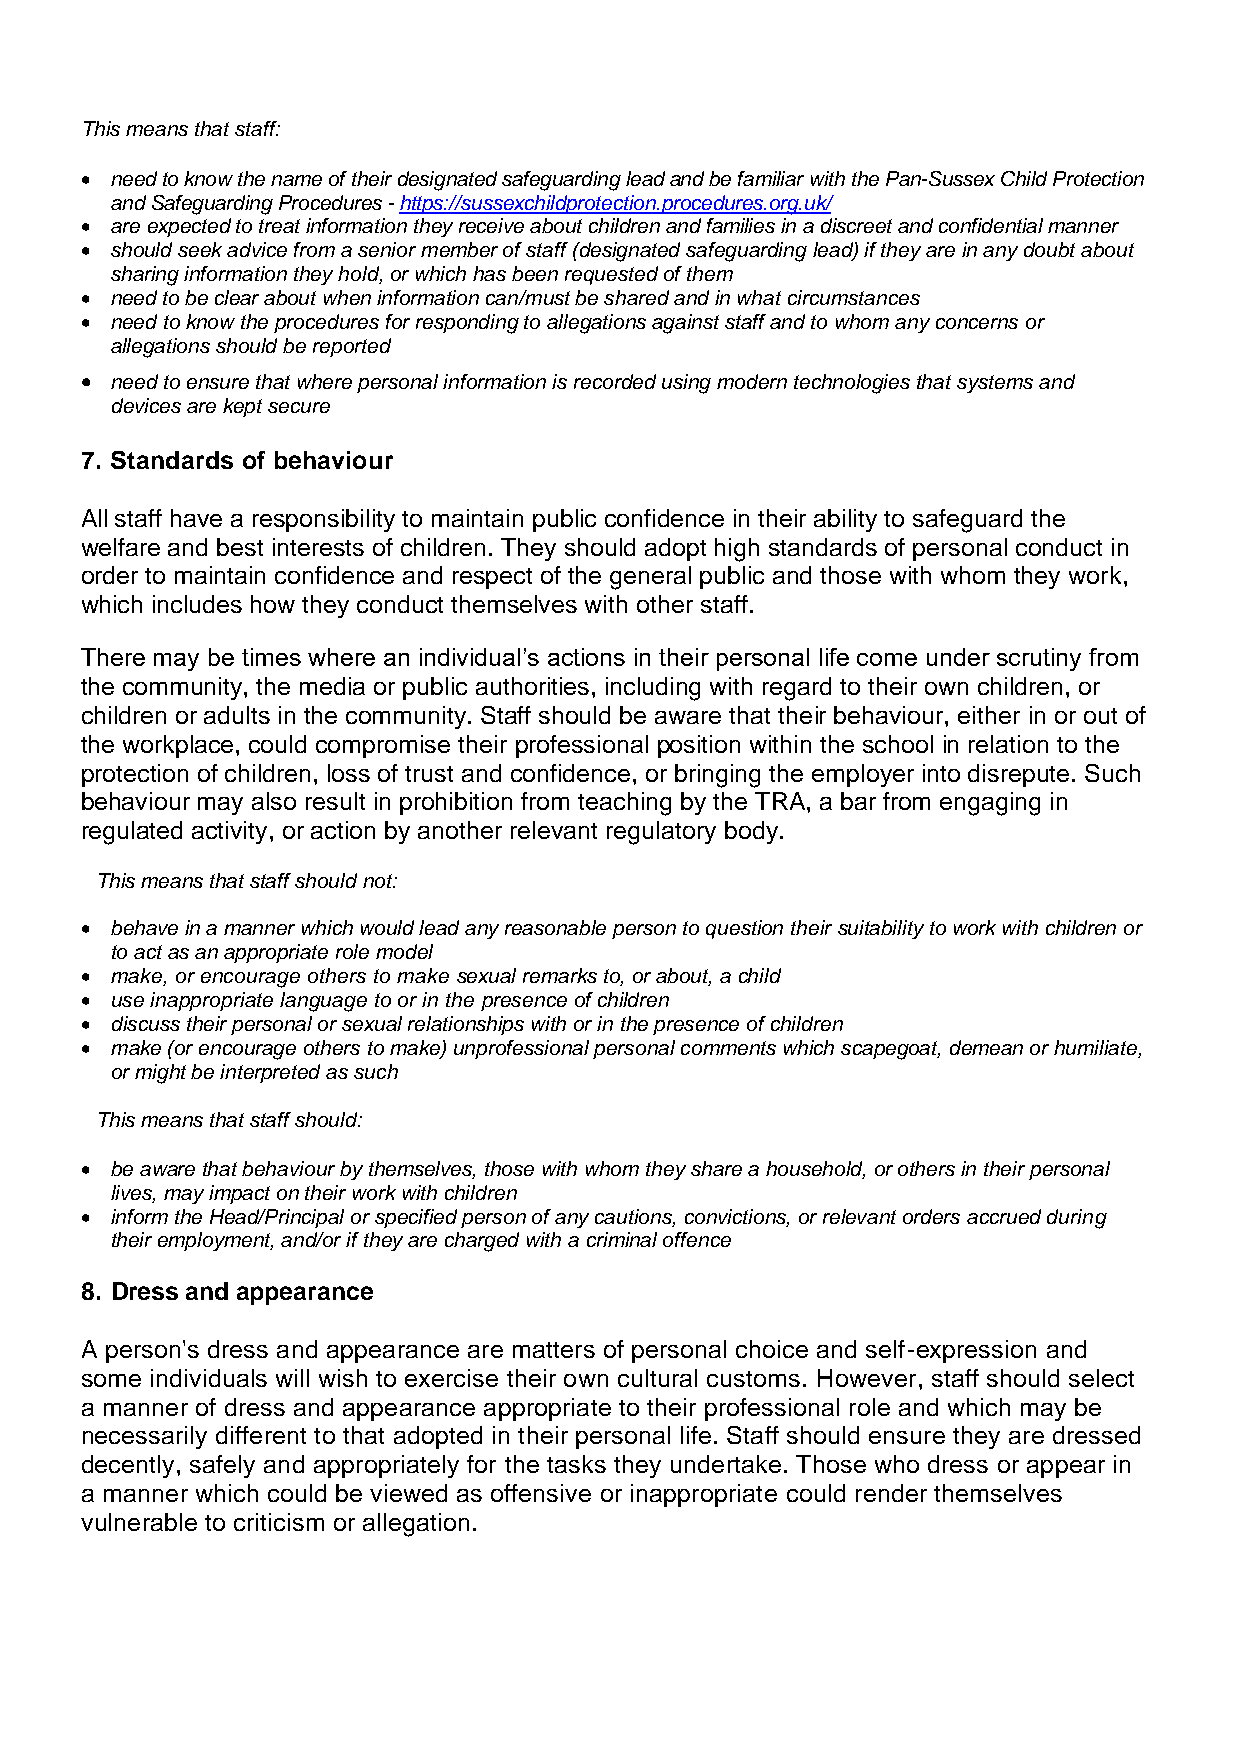
This means that staff:
 • need to know the name of their designated safeguarding lead and be familiar with the Pan-Sussex Child Protection
 and Safeguarding Procedures - https://sussexchildprotection.procedures.org.uk/
 • are expected to treat information they receive about children and families in a discreet and confidential manner
 • should seek advice from a senior member of staff (designated safeguarding lead) if they are in any doubt about
 sharing information they hold, or which has been requested of them
 • need to be clear about when information can/must be shared and in what circumstances
 • need to know the procedures for responding to allegations against staff and to whom any concerns or
 allegations should be reported
 • need to ensure that where personal information is recorded using modern technologies that systems and
 devices are kept secure
 7. Standards of behaviour
 All staff have a responsibility to maintain public confidence in their ability to safeguard the
 welfare and best interests of children. They should adopt high standards of personal conduct in
 order to maintain confidence and respect of the general public and those with whom they work,
 which includes how they conduct themselves with other staff.
 There may be times where an individual’s actions in their personal life come under scrutiny from
 the community, the media or public authorities, including with regard to their own children, or
 children or adults in the community. Staff should be aware that their behaviour, either in or out of
 the workplace, could compromise their professional position within the school in relation to the
 protection of children, loss of trust and confidence, or bringing the employer into disrepute. Such
 behaviour may also result in prohibition from teaching by the TRA, a bar from engaging in
 regulated activity, or action by another relevant regulatory body.
 This means that staff should not:
 • behave in a manner which would lead any reasonable person to question their suitability to work with children or
 to act as an appropriate role model
 • make, or encourage others to make sexual remarks to, or about, a child
 • use inappropriate language to or in the presence of children
 • discuss their personal or sexual relationships with or in the presence of children
 • make (or encourage others to make) unprofessional personal comments which scapegoat, demean or humiliate,
 or might be interpreted as such
 This means that staff should:
 • be aware that behaviour by themselves, those with whom they share a household, or others in their personal
 lives, may impact on their work with children
 • inform the Head/Principal or specified person of any cautions, convictions, or relevant orders accrued during
 their employment, and/or if they are charged with a criminal offence
 8. Dress and appearance
 A person's dress and appearance are matters of personal choice and self-expression and
 some individuals will wish to exercise their own cultural customs. However, staff should select
 a manner of dress and appearance appropriate to their professional role and which may be
 necessarily different to that adopted in their personal life. Staff should ensure they are dressed
 decently, safely and appropriately for the tasks they undertake. Those who dress or appear in
 a manner which could be viewed as offensive or inappropriate could render themselves
 vulnerable to criticism or allegation.